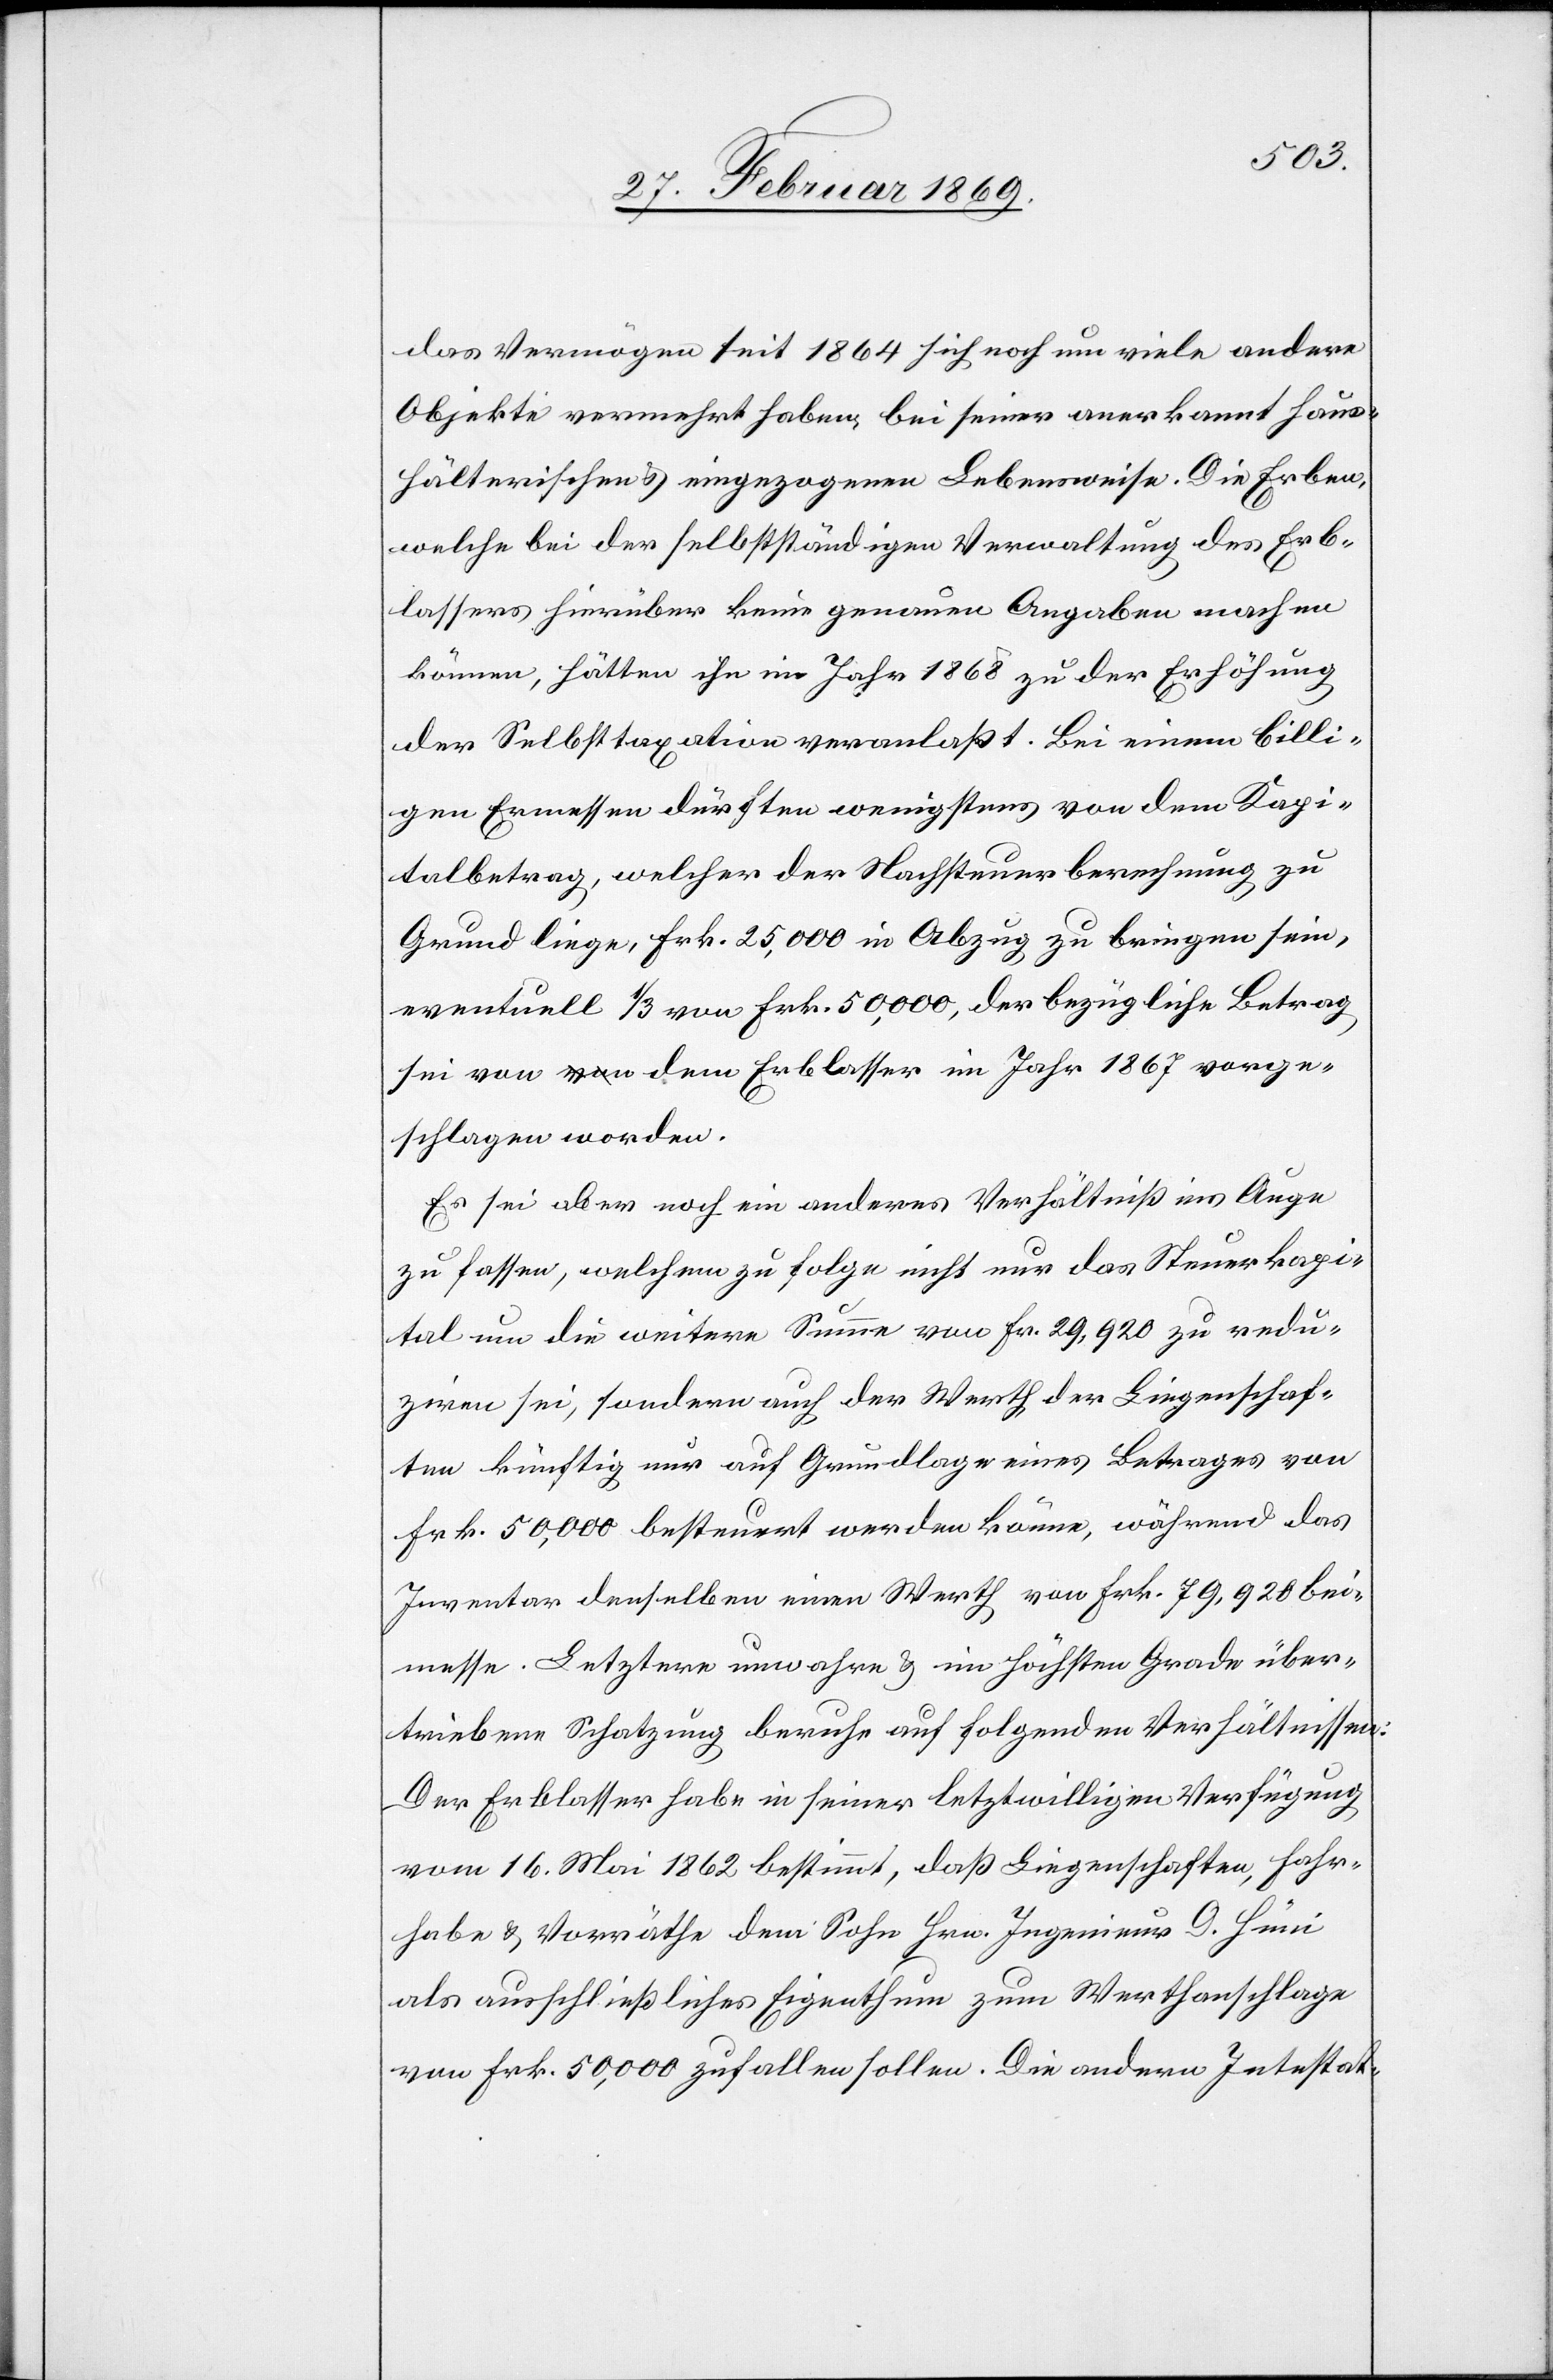
das Vermögen seit 1864 sich noch um viele andere
Objekte vermehrt haben, bei seiner anerkannt haus¬
hälterischen u. eingezogenen Lebensweise. Die Erben,
welche bei der selbstverständlichen Verwaltung des Erb¬
lassers hierüber keine genauen Angaben machen
können, hätten ihn im Jahre 1868 zu der Erhöhung
der Selbsttaxation veranlaßt. Bei einem billi¬
gen Ermessen dürften wenigstens von dem Kapi¬
talbetrag, welcher der Nachsteuerberechnung zu
Grund liege, Frk. 25,000 in Abzug zu bringen sein,
eventuell 1/3 von Frk. 50,000, der bezügliche Betrag
sei von dem Erblasser im Jahre 1867 vorge¬
schlagen worden.
Es sei aber noch ein anderes Verhältniß ins Auge
zu fassen, welchem zu Folge nicht nur das Steuerkapi¬
tal um die weitere Summe von Fr. 29,920 zu redu¬
ziren sei, sondern auch der Werth der Liegenschaf¬
ten künftig nur auf Grundlage eines Betrages von
Frk. 50,000 besteuert werden könne, während das
Inventar denselben einen Werth von Frk. 79,920 bei¬
messe. Letztere unwahre & im höchsten Grade über¬
triebene Schatzung beruhe auf folgenden Verhältnissen:
Der Erblasser habe in seiner letztwilligen Verfügung
vom 16. Mai 1862 bestimmt, daß Liegenschaften, Fahr¬
habe & Vorräthe dem Sohn Hrn. Ingenieur D. Hüni
als ausschließliches Eigenthum zum Werthanschlage
von Frk. 50,000 zufallen sollen. Die andern Intestat-